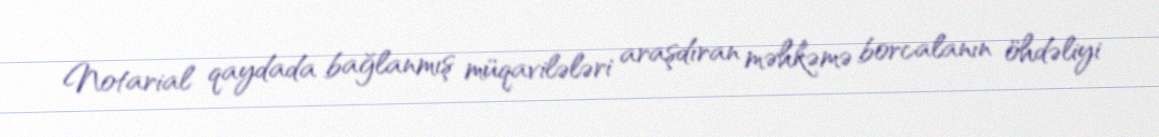
Notarial qaydada bağlanmış müqavilələri araşdıran məhkəmə borcalanın öhdəliyi